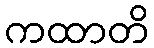
ကထာတိ